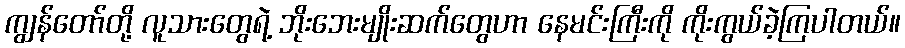
ကျွန်တော်တို့ လူသားတွေရဲ့ ဘိုးဘေးမျိုးဆက်တွေဟာ နေမင်းကြီးကို ကိုးကွယ်ခဲ့ကြပါတယ်။